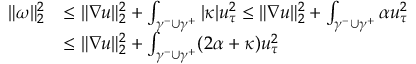
\begin{array} { r l } { \| \omega \| _ { 2 } ^ { 2 } } & { \leq \| \nabla u \| _ { 2 } ^ { 2 } + \int _ { \gamma ^ { - } \cup \gamma ^ { + } } | \kappa | u _ { \tau } ^ { 2 } \leq \| \nabla u \| _ { 2 } ^ { 2 } + \int _ { \gamma ^ { - } \cup \gamma ^ { + } } \alpha u _ { \tau } ^ { 2 } } \\ & { \leq \| \nabla u \| _ { 2 } ^ { 2 } + \int _ { \gamma ^ { - } \cup \gamma ^ { + } } ( 2 \alpha + \kappa ) u _ { \tau } ^ { 2 } } \end{array}